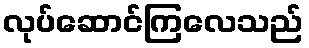
လုပ်ဆောင်ကြလေသည်